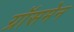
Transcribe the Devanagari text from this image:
ग्रॉसमेन